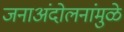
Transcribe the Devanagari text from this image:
जनाअंदोलनांमुळे